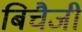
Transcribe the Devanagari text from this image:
बिचैजी